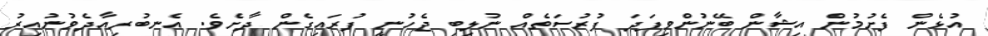
އުޅެން ފެށުމުން އިޝާން ބޭނުންވިފަދަ ފުރުސަތެއް ނުލިބި ޖެހުނީ ފުރައިގެން ދާށެވެ. އެނބުރިއާދެވުނުއިރު